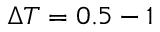
{ \ensuremath { \Delta T } = 0 . 5 - 1 }